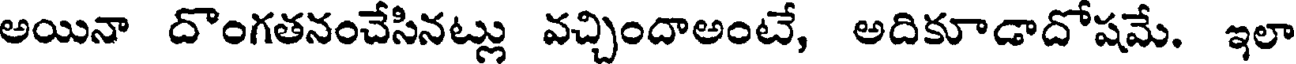
అయినా దొంగతనంచేసినట్లు వచ్చిందాఅంటే, అదికూడాదోషమే. ఇలా